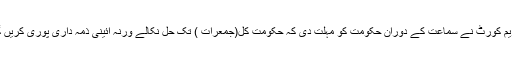
سپریم کورٹ نے سماعت کے دوران حکومت کو مہلت دی کہ حکومت کل(جمعرات ) تک حل نکالے ورنہ آئینی ذمہ داری پوری کریں گے۔